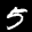
Label: 5